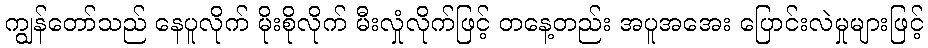
ကျွန်တော်သည် နေပူလိုက် မိုးစိုလိုက် မီးလှုံလိုက်ဖြင့် တနေ့တည်း အပူအအေး ပြောင်းလဲမှုများဖြင့်